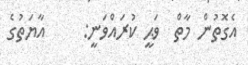
އެގޮތުން މާތް  ވަޙީ ކުރައްވަނީ:     އާޔަތުގެ